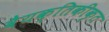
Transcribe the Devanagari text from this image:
वैयक्तिकीकृत